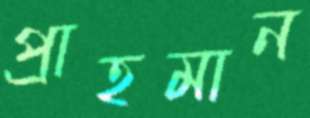
প্রাহমান